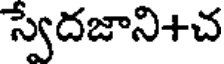
స్వేదజాని+చ